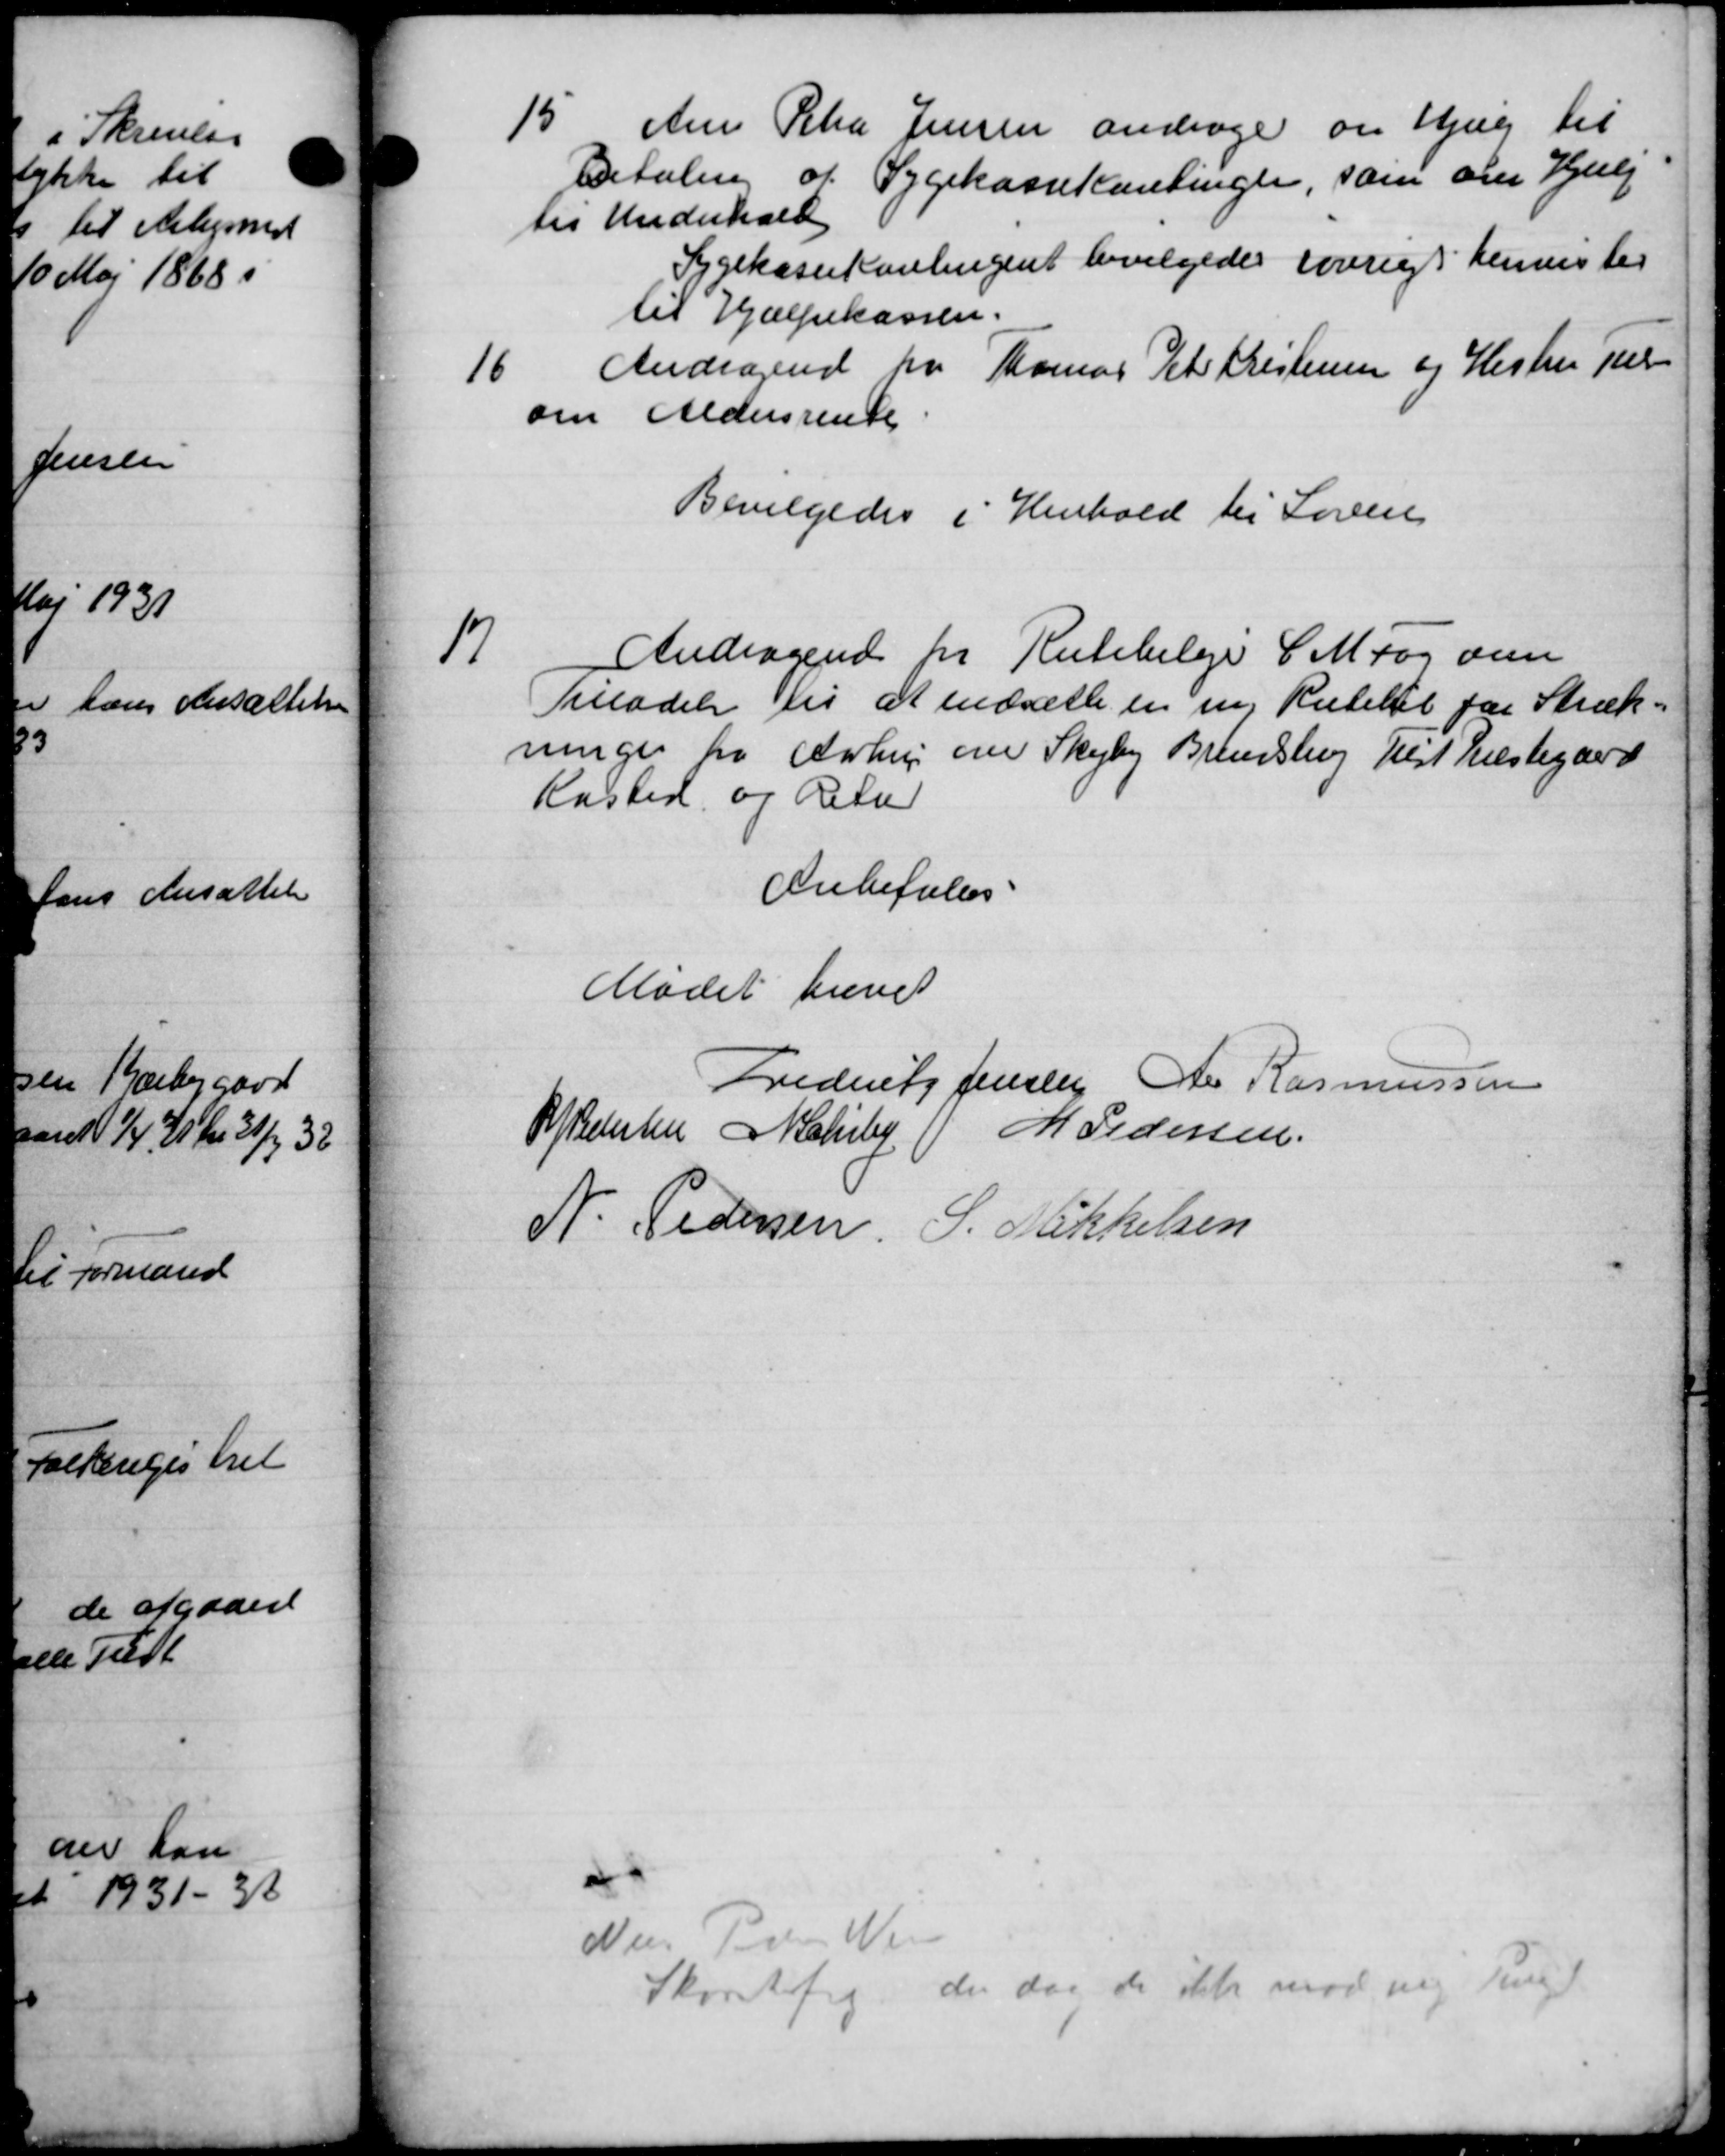
Transskription:
15
Ane Peter Jensen andrager om jeg til
Betaling af Sygekassekontinger, som om Hjælp
til Underhold
Sygekassekontingent bevilgedes iøvrigt henvister
til Hjælpekassen.
16
Andragende fra Thomas Peter Kristensen og Hestru Til
om Aldersrente
Bevilgedes i Henhold til Loven
17
Andragende fra Rutebileje C. Maag om
Tilladelse til at nedsætte en ny Rutebil for Stræk-
ninger fra Aarhus om Skejby Brandshøj Hest Næstegaard
Rasted og Retn
Anbefales
Mødet hævet
Frederitz Jensen A Rasmussen
A P Pedersen Melby M Pedersen
N. Pedersen. S. Mikkelsen
Nees Per Wen
Skovtfeg, der dag de ikke mod ny Ting